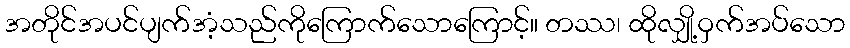
အတိုင်အပင်ပျက်အံ့သည်ကိုကြောက်သောကြောင့်။ တဿ၊ ထိုလျှို့ဝှက်အပ်သော